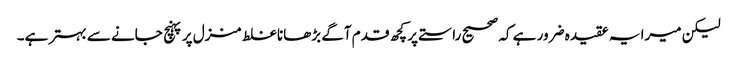
لیکن میرا یہ عقیدہ ضرور ہے کہ صحیح راستے پر کچھ قدم آگے بڑھانا غلط منزل پر پہنچ جانے سے بہتر ہے۔